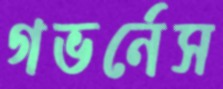
গভর্নেস